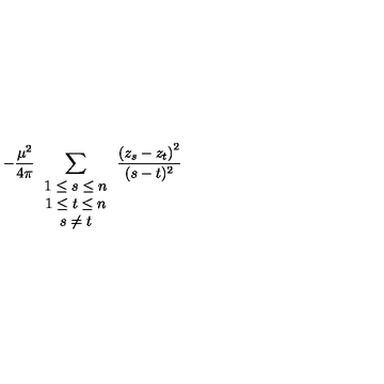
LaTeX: - \frac { \mu ^ { 2 } } { 4 \pi } \sum _ { \begin{array} { c } { 1 \leq s \leq n } \\ { 1 \leq t \leq n } \\ { s \neq t } \\ \end{array} } \frac { \left( z _ { s } - z _ { t } \right) ^ { 2 } } { ( s - t ) ^ { 2 } }